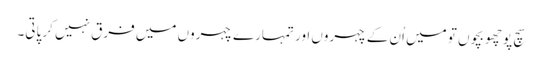
سچ پوچھو بچوں تو میں اُن کے چہروں اور تمہارے چہروں میں فرق نہیں کر پاتی۔